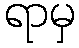
ရာမှ